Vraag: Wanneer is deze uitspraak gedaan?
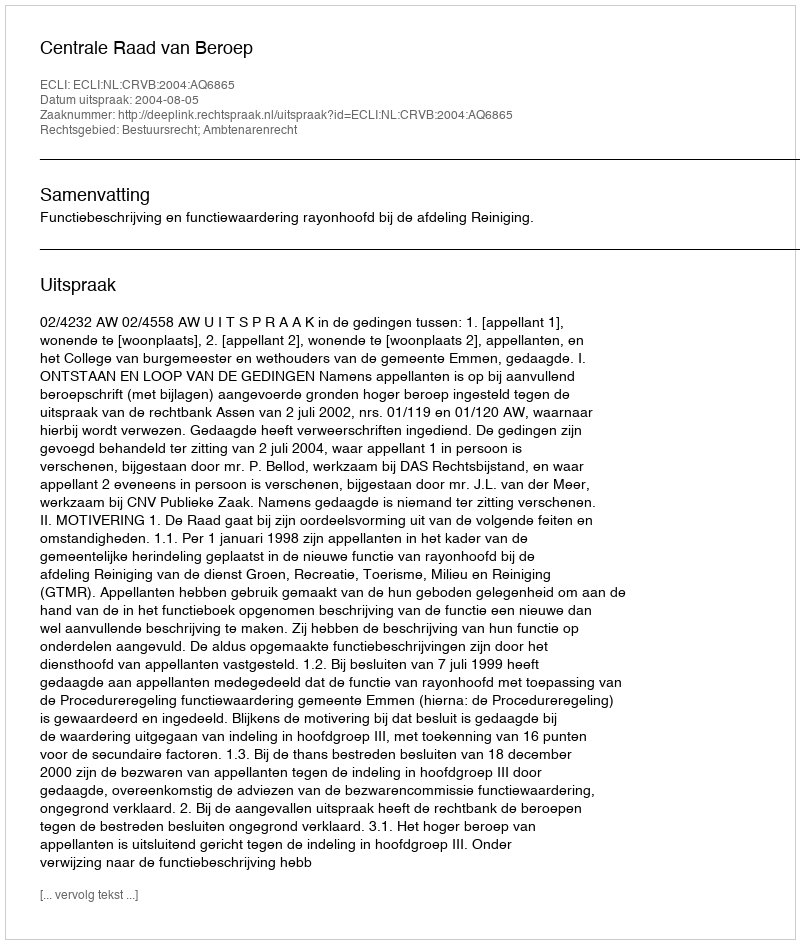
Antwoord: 2004-08-05